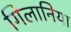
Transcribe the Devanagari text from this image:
गिलानिया